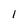
Character: 1